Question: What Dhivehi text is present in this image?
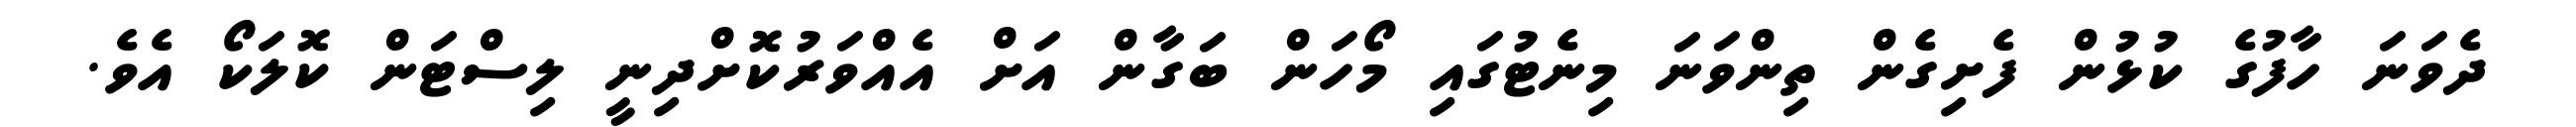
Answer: ދެވަނަ ހާފުގެ ކުޅުން ފެށިގެން ތިންވަނަ މިނެޓުގައި މޯހަން ބަގާން އަށް އެއްވަރުކޮށްދިނީ ލިސްޓަން ކޮލަކޯ އެވެ.